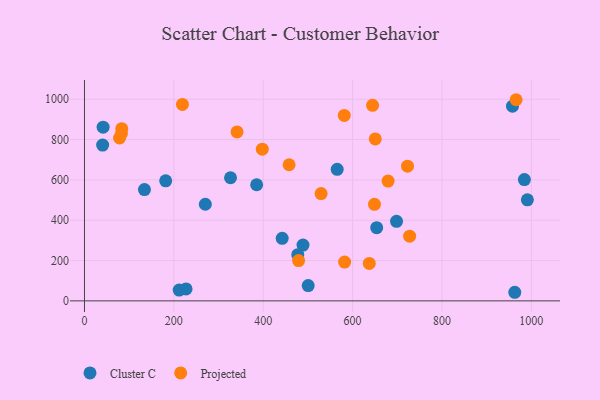
{"axis": {"x": "Ad Spend", "y": "Rating"}, "legend": ["Cluster C", "Projected"], "data": [{"x": "957.8", "y": 965.8, "type": "Cluster C"}, {"x": "40.6", "y": 772.5, "type": "Cluster C"}, {"x": "489.0", "y": 276.5, "type": "Cluster C"}, {"x": "270.4", "y": 479.3, "type": "Cluster C"}, {"x": "477.3", "y": 229.3, "type": "Cluster C"}, {"x": "984.4", "y": 601.8, "type": "Cluster C"}, {"x": "442.4", "y": 310.1, "type": "Cluster C"}, {"x": "41.7", "y": 861.6, "type": "Cluster C"}, {"x": "227.3", "y": 59.0, "type": "Cluster C"}, {"x": "962.9", "y": 42.6, "type": "Cluster C"}, {"x": "181.7", "y": 595.3, "type": "Cluster C"}, {"x": "698.3", "y": 394.7, "type": "Cluster C"}, {"x": "211.9", "y": 53.5, "type": "Cluster C"}, {"x": "385.3", "y": 575.9, "type": "Cluster C"}, {"x": "991.1", "y": 500.9, "type": "Cluster C"}, {"x": "653.9", "y": 363.1, "type": "Cluster C"}, {"x": "500.6", "y": 76.0, "type": "Cluster C"}, {"x": "134.2", "y": 551.8, "type": "Cluster C"}, {"x": "565.5", "y": 652.2, "type": "Cluster C"}, {"x": "326.8", "y": 610.7, "type": "Cluster C"}, {"x": "582.1", "y": 192.6, "type": "Projected"}, {"x": "529.5", "y": 532.1, "type": "Projected"}, {"x": "722.9", "y": 668.2, "type": "Projected"}, {"x": "479.1", "y": 199.6, "type": "Projected"}, {"x": "581.3", "y": 919.7, "type": "Projected"}, {"x": "648.9", "y": 478.9, "type": "Projected"}, {"x": "397.9", "y": 752.1, "type": "Projected"}, {"x": "83.4", "y": 854.0, "type": "Projected"}, {"x": "219.2", "y": 974.4, "type": "Projected"}, {"x": "78.5", "y": 807.7, "type": "Projected"}, {"x": "727.6", "y": 320.8, "type": "Projected"}, {"x": "341.4", "y": 838.0, "type": "Projected"}, {"x": "650.7", "y": 803.3, "type": "Projected"}, {"x": "637.3", "y": 185.5, "type": "Projected"}, {"x": "82.7", "y": 829.5, "type": "Projected"}, {"x": "965.9", "y": 997.6, "type": "Projected"}, {"x": "679.4", "y": 594.2, "type": "Projected"}, {"x": "457.9", "y": 675.0, "type": "Projected"}, {"x": "644.7", "y": 969.9, "type": "Projected"}]}